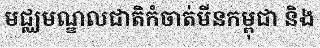
មជ្ឈមណ្ឌលជាតិកំចាត់មីនកម្ពុជា និង